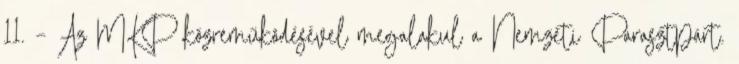
11. – Az MKP közreműködésével megalakul a Nemzeti Parasztpárt.